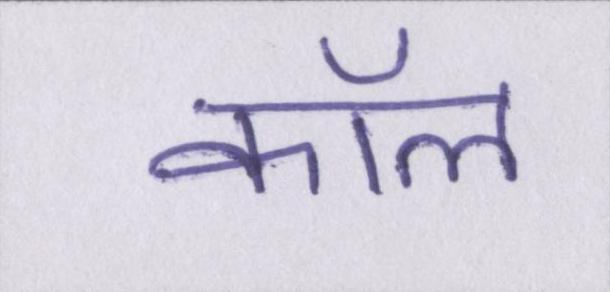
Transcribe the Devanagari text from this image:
कॉल